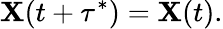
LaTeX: \mathbf{X}(t+\tau^{*})=\mathbf{X}(t).